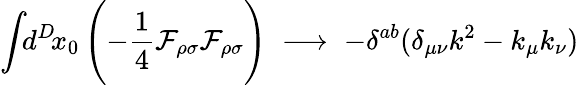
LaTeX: \int\! \! d^{D}\! x_{0}\, \Biggl(-\frac{1}{4}{\cal F}_{\rho\sigma}{\cal F}_{\rho\sigma}\Biggr)\; \longrightarrow\; -\delta^{ab}(\delta_{\mu\nu}k^{2}-k_{\mu}k_{\nu})